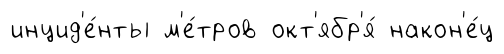
инцид'е́нты м'е́тров окт'ябр'я́ након'е́ц